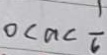
0 < a < \frac { 1 } { 6 }